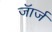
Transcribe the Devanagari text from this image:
जॅार्ज